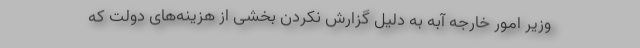
وزیر امور خارجه آبه به دلیل گزارش نکردن بخشی از هزینه‌های دولت که